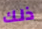
ذلك